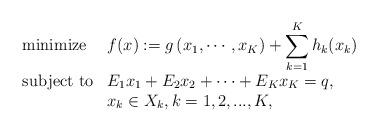
LaTeX: \begin{align*}\begin{array}{ll}\mbox{minimize} & \displaystyle f(x):=g\left(x_1,\cdots, x_K\right)+\sum_{k=1}^{K}h_k(x_k)\\ [10pt]\mbox{subject to} & \displaystyle E_1x_1+E_2x_2+\cdots+E_Kx_K=q,\\& x_k\in X_k,k=1,2,...,K,\end{array}\end{align*}